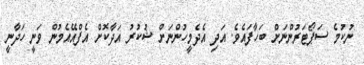
ނުކުމެ ސަޕޯޓަރުންނަށް ބަހާފައެވެ. އަދި އެދެމީހުންނަށް ޝުކުރު އަދާކޮށް އެފްއޭއެމުން ވަނީ ހަދާނީ